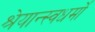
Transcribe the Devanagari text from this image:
श्रेयान्स्वधर्मो